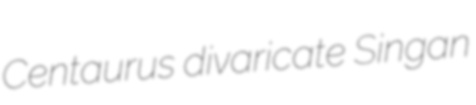
Centaurus divaricate Singan